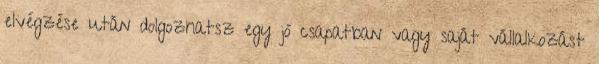
elvégzése után dolgozhatsz egy jó csapatban vagy saját vállalkozást